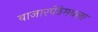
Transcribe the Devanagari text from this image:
बाजारपेठेमधला